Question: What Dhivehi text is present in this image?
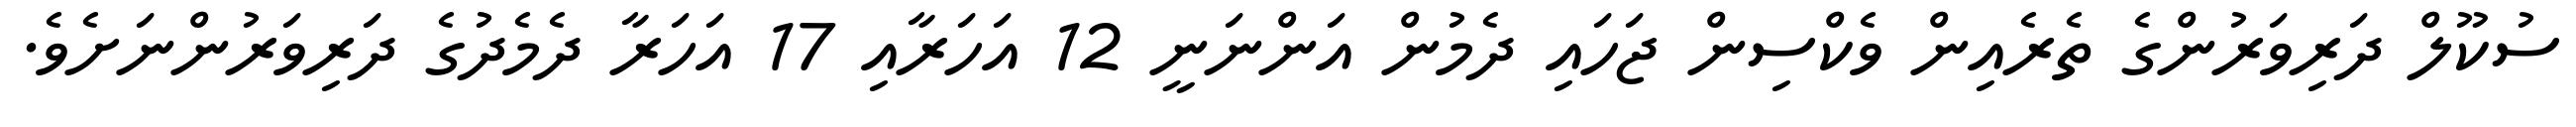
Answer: ސުކޫލް ދަރިވަރުންގެ ތެރެއިން ވެކްސިން ޖަހައި ދެމުން އަންނަނީ 12 އަހަރާއި 17 އަހަރާ ދެމެދުގެ ދަރިވަރުންނަށެވެ.